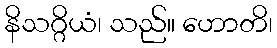
နိသဂ္ဂိယံ၊ သည်။ ဟောတိ၊